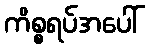
ကိစ္စရပ်အပေါ်